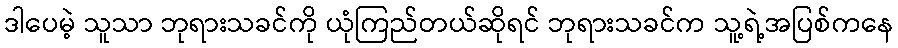
ဒါပေမဲ့ သူသာ ဘုရားသခင်ကို ယုံကြည်တယ်ဆိုရင် ဘုရားသခင်က သူ့ရဲ့အပြစ်ကနေ